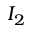
I _ { 2 }